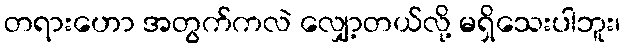
တရားဟော အတွက်ကလဲ လျှော့တယ်လို့ မရှိသေးပါဘူး၊